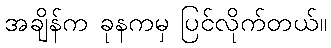
အချိန်က ခုနကမှ ပြင်လိုက်တယ်။